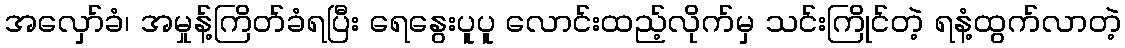
အလှော်ခံ၊ အမှုန့်ကြိတ်ခံရပြီး ရေနွေးပူပူ လောင်းထည့်လိုက်မှ သင်းကြိုင်တဲ့ ရနံ့ထွက်လာတဲ့